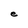
Character: e